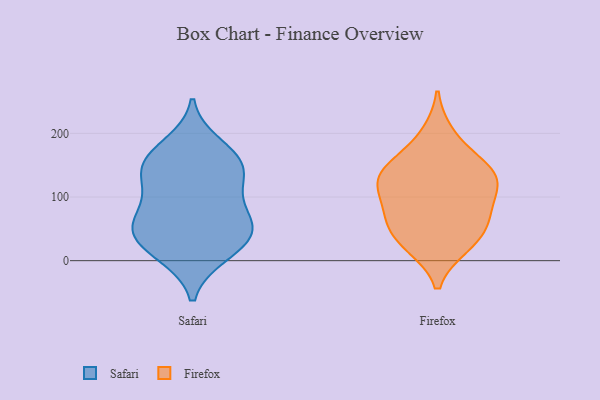
{"axis": {"x": "LTV (USD)", "y": "Value"}, "legend": ["Firefox", "Safari"], "data": [{"x": "", "y": 10, "type": "Safari"}, {"x": "", "y": 52, "type": "Safari"}, {"x": "", "y": 111, "type": "Safari"}, {"x": "", "y": 44, "type": "Safari"}, {"x": "", "y": 97, "type": "Safari"}, {"x": "", "y": 140, "type": "Safari"}, {"x": "", "y": 12, "type": "Safari"}, {"x": "", "y": 147, "type": "Safari"}, {"x": "", "y": 154, "type": "Safari"}, {"x": "", "y": 43, "type": "Safari"}, {"x": "", "y": 181, "type": "Safari"}, {"x": "", "y": 52, "type": "Safari"}, {"x": "", "y": 63, "type": "Safari"}, {"x": "", "y": 158, "type": "Safari"}, {"x": "", "y": 198, "type": "Firefox"}, {"x": "", "y": 44, "type": "Firefox"}, {"x": "", "y": 24, "type": "Firefox"}, {"x": "", "y": 26, "type": "Firefox"}, {"x": "", "y": 121, "type": "Firefox"}, {"x": "", "y": 120, "type": "Firefox"}, {"x": "", "y": 142, "type": "Firefox"}, {"x": "", "y": 66, "type": "Firefox"}, {"x": "", "y": 134, "type": "Firefox"}, {"x": "", "y": 75, "type": "Firefox"}, {"x": "", "y": 159, "type": "Firefox"}, {"x": "", "y": 77, "type": "Firefox"}, {"x": "", "y": 124, "type": "Firefox"}]}